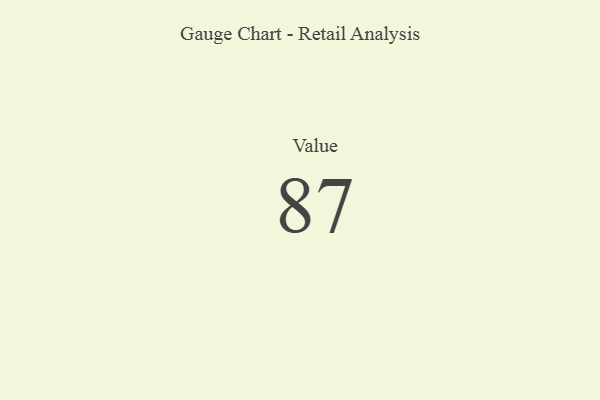
{"axis": {"x": "Metric", "y": "Value"}, "legend": [""], "data": [{"x": "Value", "y": 87, "type": ""}]}